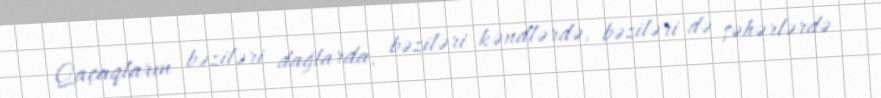
Qaçaqların bəziləri dağlarda, bəziləri kəndlərdə, bəziləri də şəhərlərdə